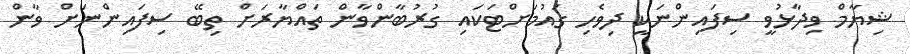
ޝިޔާމް ވިދާޅުވީ ސިފައިންނަކީ ދިވެހި ގައުމަށްޓަކައި ގުރުބާންވާން ތައްޔާރަށް ތިބޭ ސިފައިންނަށް ވާން